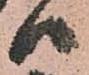
ハ